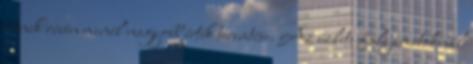
ennek révén minél nagyobb érték teremtése. Az üzleti folyamatoknál